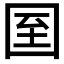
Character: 𡇓